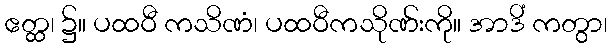
ဧတ္ထ၊ ၌။ ပထဝီ ကသိဏံ၊ ပထဝီကသိုဏ်းကို။ အာဒိံ ကတွာ၊